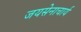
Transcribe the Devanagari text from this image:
जयसेनाचार्य